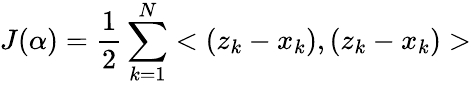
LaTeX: J(\alpha)=\frac{1}{2}\sum_{k=1}^{N}<(z_{k}-x_{k}),(z_{k}-x_{k})>